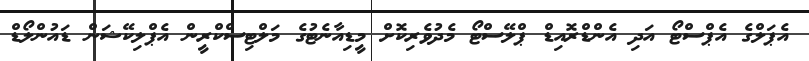
އެޕަލްގެ އެޕްސްޓޯ އަދި އެންޑްރޮއިޑް ޕްލޭސްޓޯ މެދުވެރިކޮށް މީޑިއާނެޓުގެ މަލްޓިސްކްރީން އެޕްލިކޭޝަން ޑައުންލޯޑް